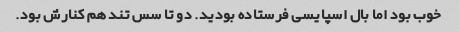
خوب بود اما بال اسپایسی فرستاده بودید. دو تا سس تند هم کنارش بود.